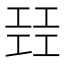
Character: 㠭